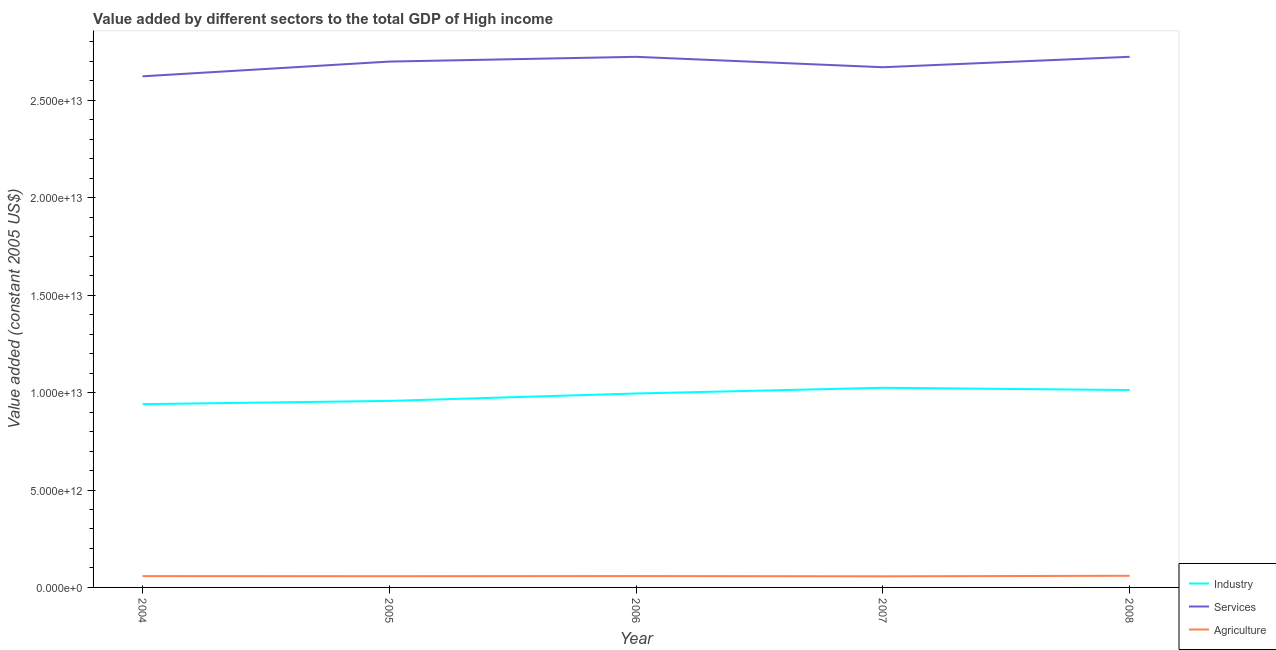
| Year | Industry | Services | Agriculture |
 | --- | --- | --- | --- |
 | 2004 | 9.41e+12 | 2.62e+13 | 5.81e+11 |
 | 2005 | 9.57e+12 | 2.7e+13 | 5.76e+11 |
 | 2006 | 9.95e+12 | 2.72e+13 | 5.84e+11 |
 | 2007 | 1.02e+13 | 2.67e+13 | 5.71e+11 |
 | 2008 | 1.01e+13 | 2.72e+13 | 5.98e+11 |